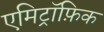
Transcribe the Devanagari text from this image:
एमिट्रॉफ़िक